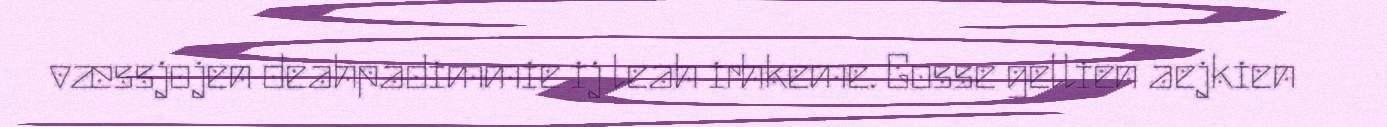
væssjojen deahpadimmie ij leah irhkeme. Gosse gellien aejkien